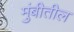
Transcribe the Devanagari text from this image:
मुंबीतील